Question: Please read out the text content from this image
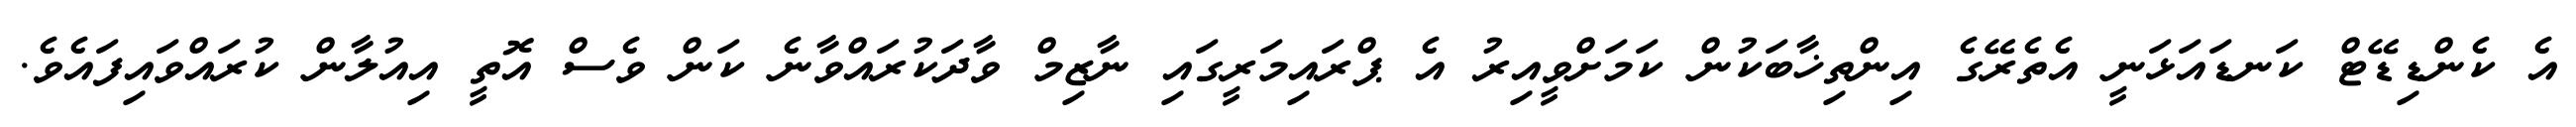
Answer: އެ ކެންޑިޑޭޓް ކަނޑައަޅަނީ އެތެރޭގެ އިންތިޚާބަކުން ކަމަށްވީއިރު އެ ޕްރައިމަރީގައި ނާޒިމް ވާދަކުރައްވާނެ ކަން ވެސް އޮތީ އިއުލާން ކުރައްވައިފައެވެ.